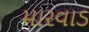
મારવાડ